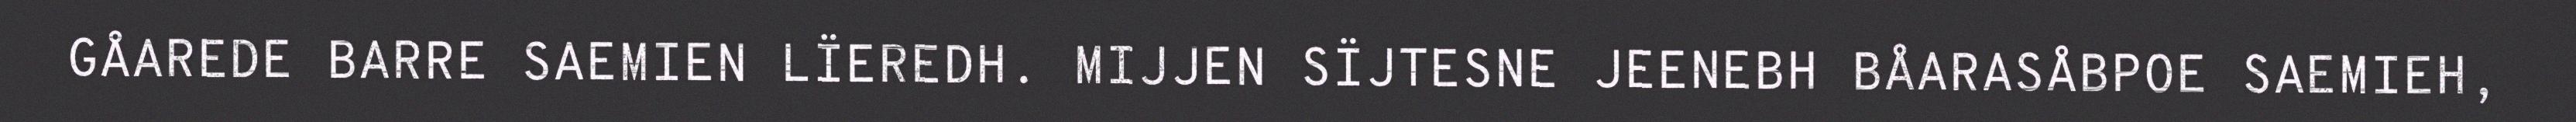
GÅAREDE BARRE SAEMIEN LÏEREDH. MIJJEN SÏJTESNE JEENEBH BÅARASÅBPOE SAEMIEH,